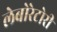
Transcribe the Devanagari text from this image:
लेबोरेटोरी